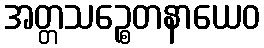
အတ္တသဉ္စေတနာယေဝ